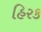
હિરક